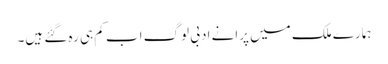
ہمارے ملک میں پرانے ادبی لوگ اب کم ہی رہ گئے ہیں۔